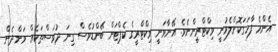
އެންމެ ފާހަގަކޮށްލެވުނީ ވިކްޓްރީންނެވެ. އޭނާވަނީ ވިކްޓްރީގެ ކެޕްޓަން ބޭންޑުވެސް ގިނަ ދުވަސްތަކެއް ވަންދެން